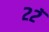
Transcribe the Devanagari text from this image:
२२ॅ